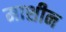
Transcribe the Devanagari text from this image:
माशीन